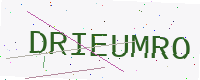
Text: DRIEUMRO